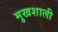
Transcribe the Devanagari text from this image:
मुखशाली